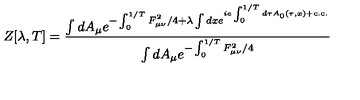
Z [ \lambda , T ] = \frac { \int d A _ { \mu } e ^ { - \int _ { 0 } ^ { 1 / T } F _ { \mu \nu } ^ { 2 } / 4 + \lambda \int d x e ^ { i e \int _ { 0 } ^ { 1 / T } d \tau A _ { 0 } ( \tau , x ) + \mathrm { c . c . } } } } { \int d A _ { \mu } e ^ { - \int _ { 0 } ^ { 1 / T } F _ { \mu \nu } ^ { 2 } / 4 } }